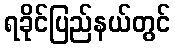
ရခိုင်ပြည်နယ်တွင်